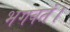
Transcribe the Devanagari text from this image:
भगवतं।